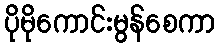
ပိုမိုကောင်းမွန်စေကာ